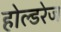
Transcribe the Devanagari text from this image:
होल्डरेज